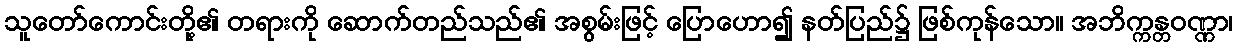
သူတော်ကောင်းတို့၏ တရားကို ဆောက်တည်သည်၏ အစွမ်းဖြင့် ပြောဟော၍ နတ်ပြည်၌ ဖြစ်ကုန်သော။ အဘိက္ကန္တဝဏ္ဏာ၊